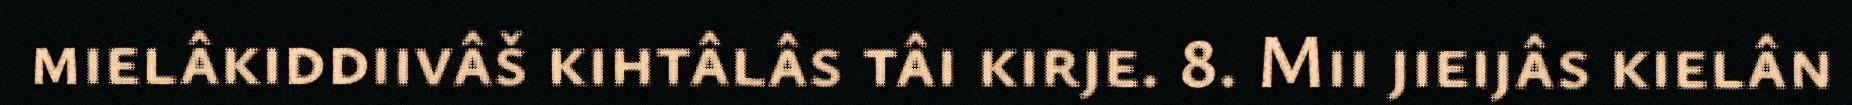
mielâkiddiivâš kihtâlâs tâi kirje. 8. Mii jieijâs kielân